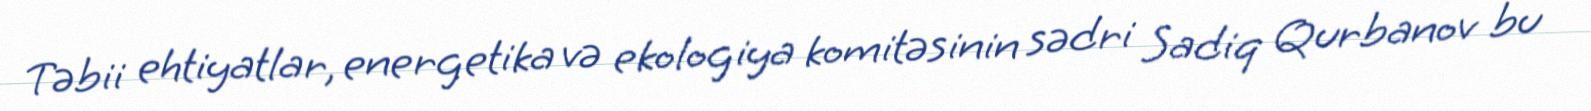
Təbii ehtiyatlar, energetika və ekologiya komitəsinin sədri Sadiq Qurbanov bu